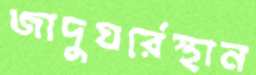
জাদুঘর্রেস্থান